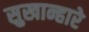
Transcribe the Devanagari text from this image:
सुखान्हारे